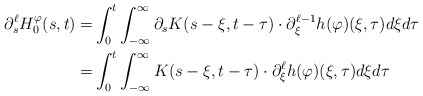
\begin{align*}\partial_s^\ell H_0^\varphi (s,t)=&\int_0^t\int_{-\infty}^{\infty}\partial_s K(s-\xi,t-\tau)\cdot \partial_\xi^{\ell-1} h(\varphi)(\xi,\tau)d\xi d\tau \\=&\int_0^t\int_{-\infty}^{\infty} K(s-\xi,t-\tau)\cdot \partial_\xi^\ell h(\varphi)(\xi,\tau)d\xi d\tau \end{align*}